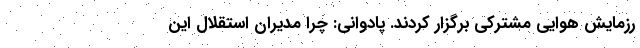
رزمایش هوایی مشترکی برگزار کردند. پادوانی: چرا مدیران استقلال این